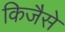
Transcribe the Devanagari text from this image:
किजैसे